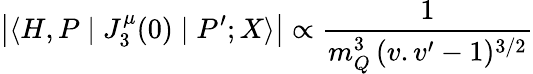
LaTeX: \left|\langle H,P\mid J_{3}^{\mu}(0)\mid P^{\prime};X\rangle\right|\propto\frac{1}{m_{Q}^{3}\, (v.v^{\prime}-1)^{3/2}}